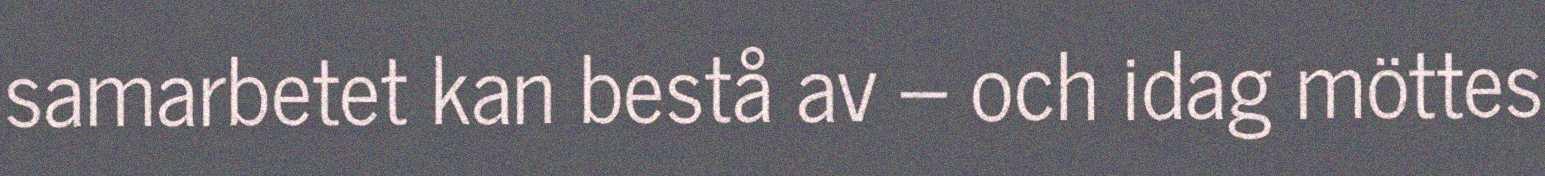
samarbetet kan bestå av – och idag möttes